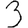
Digit: 3